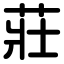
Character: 莊